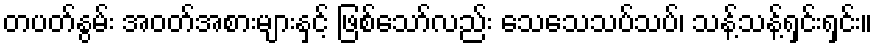
တပတ်နွမ်း အဝတ်အစားများနှင့် ဖြစ်သော်လည်း သေသေသပ်သပ်၊ သန့်သန့်ရှင်းရှင်း။